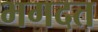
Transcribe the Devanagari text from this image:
भगदत